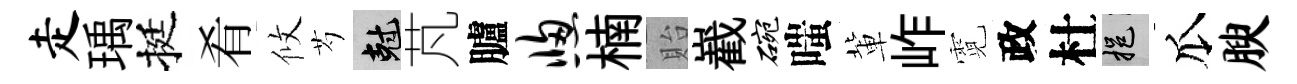
走瑀挺肴攸芍剋芃臚窗楠貽嶻碗嗤軰岞霓政杜挹瓜腴